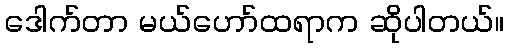
ဒေါက်တာ မယ်ဟော်ထရာက ဆိုပါတယ်။